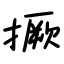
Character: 撅